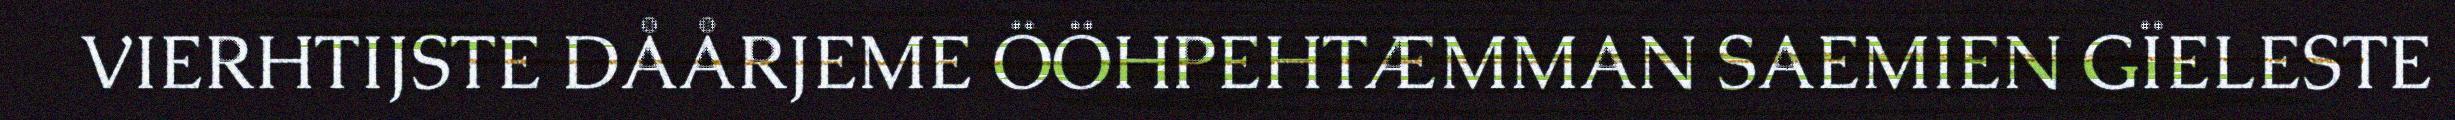
VIERHTIJSTE DÅÅRJEME ÖÖHPEHTÆMMAN SAEMIEN GÏELESTE